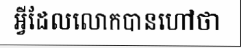
អ្វីដែលលោកបានហៅថា